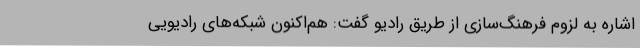
اشاره به لزوم فرهنگ‌سازی از طریق رادیو گفت: هم‌اکنون شبکه‌های رادیویی